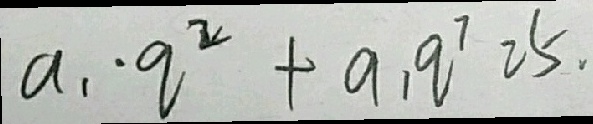
a _ { 1 } \cdot q ^ { 2 } + a _ { 1 } q ^ { 7 } 2 5 .